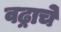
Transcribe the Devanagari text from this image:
वढ्राचे